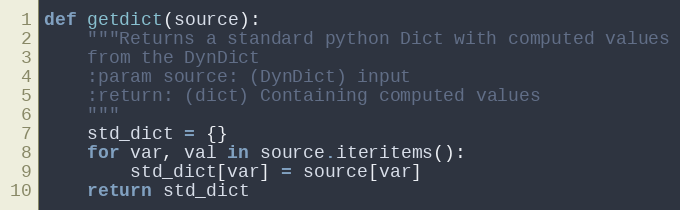
Language: Python
def getdict(source):
    """Returns a standard python Dict with computed values
    from the DynDict
    :param source: (DynDict) input
    :return: (dict) Containing computed values
    """
    std_dict = {}
    for var, val in source.iteritems():
        std_dict[var] = source[var]
    return std_dict